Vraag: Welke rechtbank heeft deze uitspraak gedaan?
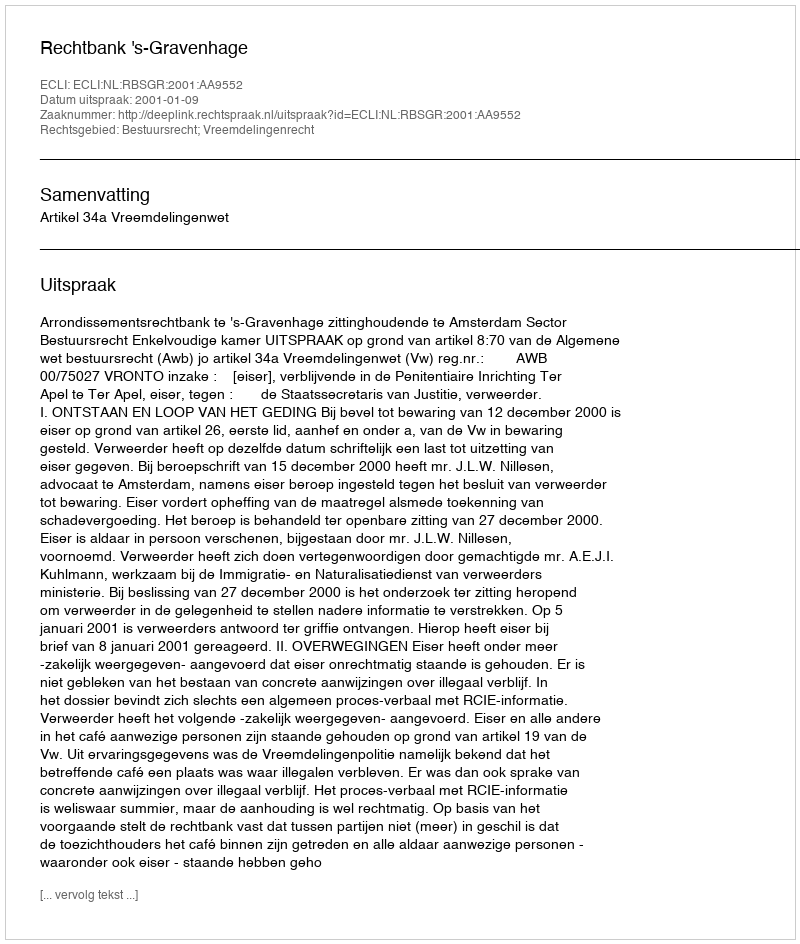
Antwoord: Rechtbank 's-Gravenhage